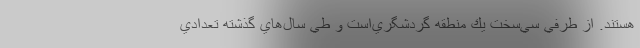
هستند. از طرفي سي‌سخت يك منطقه گردشگري‌است و طي سال‌هاي گذشته تعدادي